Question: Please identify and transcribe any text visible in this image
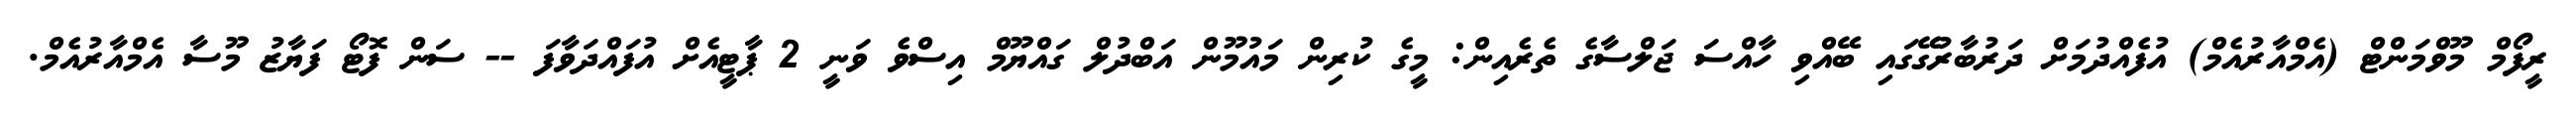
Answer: ރީފޯމް މޫވްމަންޓް (އެމްއާރުއެމް) އުފެއްދުމަށް ދަރުބާރުގޭގައި ބޭއްވި ހާއްސަ ޖަލްސާގެ ތެރެއިން: މީގެ ކުރިން މައުމޫން އަބްދުލް ގައްޔޫމް އިސްވެ ވަނީ 2 ޕާޓީއެށް އުފައްދަވާފަ -- ސަން ފޮޓޯ ފަޔާޒު މޫސާ އެމްއާރުއެމް.